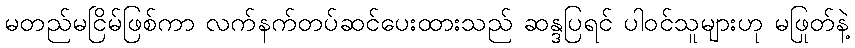
မတည်မငြိမ်ဖြစ်ကာ လက်နက်တပ်ဆင်ပေးထားသည် ဆန္ဒပြရင် ပါဝင်သူများဟု မဖြုတ်နဲ့